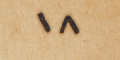
١٨